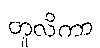
တူလိကာ